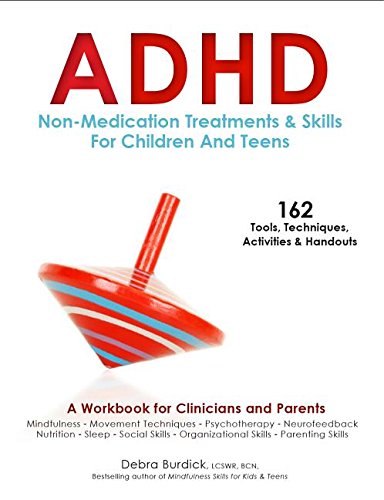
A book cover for ADHD Non-Medication Treatments and Skills for Children and Teens: A Workbook for Clinicians and Parents with 162 Tools, Techniques, Activities & Handouts; Debra Burdick; Health, Fitness & Dieting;